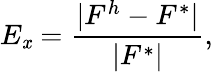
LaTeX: E_{\mathit{x}}=\frac{{|F^{h}-F^{*}|}}{{|F^{*}|}},